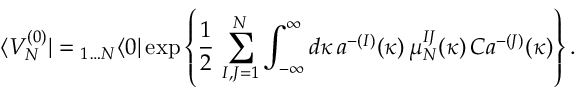
\langle V _ { N } ^ { ( 0 ) } | = { } _ { 1 \dots N } \langle 0 | \exp \left\{ \frac { 1 } { 2 } \, \sum _ { I , J = 1 } ^ { N } \int _ { - \infty } ^ { \infty } d \kappa \, a ^ { - ( I ) } ( \kappa ) \, \mu _ { N } ^ { I J } ( \kappa ) \, C a ^ { - ( J ) } ( \kappa ) \right\} .